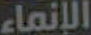
الإنماء